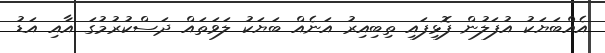
އެއްބަޔަކު އުފަލުން ފޮޅިފައި ތިބިއިރު އަނެއް ބަޔަކު ލަވަތައް ދަސްކުރުމުގަ އާއި އަޑު